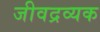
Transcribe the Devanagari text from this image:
जीवद्रव्यक